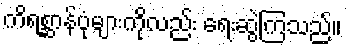
ကိရစ္ဆာန်ပုံများကိုလည်း ရေးဆွဲကြသည်။